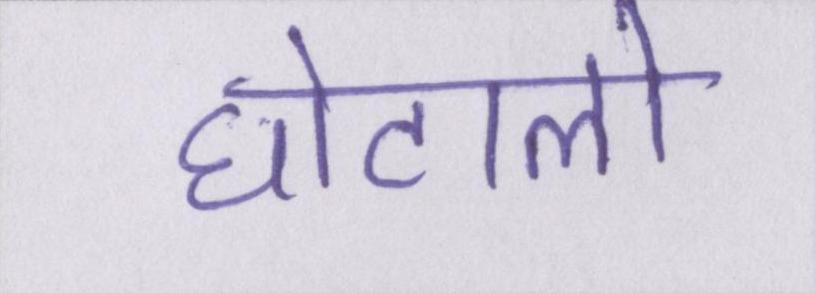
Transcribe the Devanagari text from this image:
घोटालो